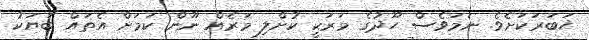
ޚަބަރަކަށެވެ. ނަމަވެސް ހޫދުގެ މަރަކީ ކުށްލި މަރެއް ނޫން ކަމަށް އެތައް ބަޔަކު